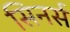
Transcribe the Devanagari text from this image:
सिनर्स